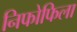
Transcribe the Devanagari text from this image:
निफोफिला